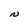
Character: N